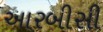
આરબીસી